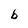
Character: b